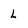
Character: L